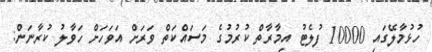
ހުޅުމާލޭގައި 10000 ފުލެޓު އިމާރާތް ކުރުމުގެ މަސައްކަތް ވަރަށް އަވަހަށް ހަވާލު ކުރާނަން: